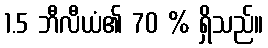
1.5 ဘီလီယံ၏ 70 % ရှိသည်။